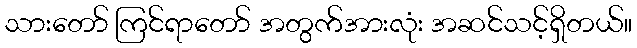
သားတော် ကြင်ရာတော် အတွက်အားလုံး အဆင်သင့်ရှိတယ်။